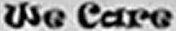
We Care